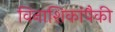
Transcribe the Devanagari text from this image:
विनाशिकांपैकी